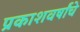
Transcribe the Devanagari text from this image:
प्रकाशवर्षांचे